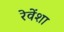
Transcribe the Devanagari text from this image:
रेवेंशा